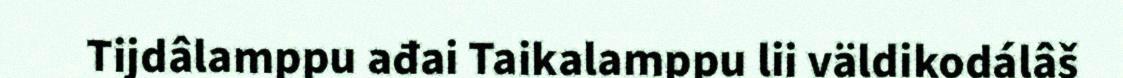
Tijdâlamppu ađai Taikalamppu lii väldikodálâš